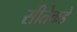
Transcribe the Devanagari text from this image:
सीतेकडे